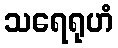
သရေရုဟံ